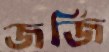
জর্জি